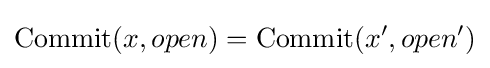
{\text{Commit}}(x,open)={\text{Commit}}(x',open')